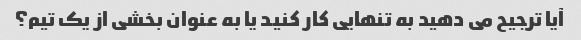
آیا ترجیح می دهید به تنهایی کار کنید یا به عنوان بخشی از یک تیم؟